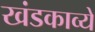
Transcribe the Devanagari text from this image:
खंडकाव्ये